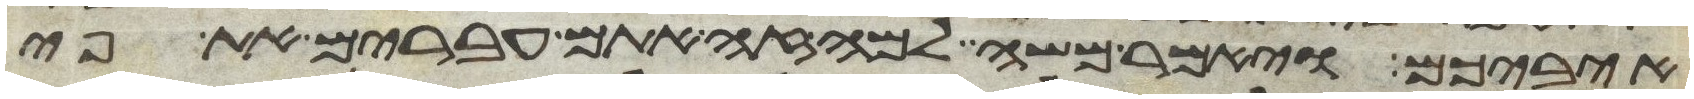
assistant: איביכם ויאמר משה למה זה אתם עברים את פי